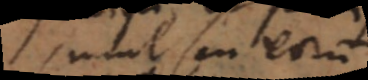
simul seu eorum